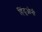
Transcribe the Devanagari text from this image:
हिंदूओनी